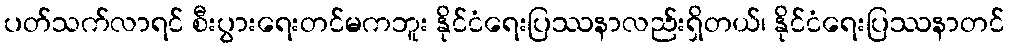
ပတ်သက်လာရင် စီးပွားရေးတင်မကဘူး နိုင်ငံရေးပြဿနာလည်းရှိတယ်၊ နိုင်ငံရေးပြဿနာတင်